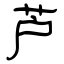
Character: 芦